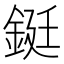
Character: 鋌